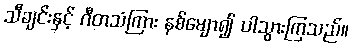
သီချင်းနှင့် ဂီတသံကြား နစ်မျော၍ ပါသွားကြသည်။